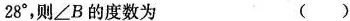
28^{\circ}，则\angle B的度数为 ( )